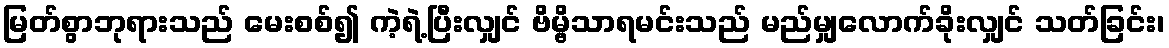
မြတ်စွာဘုရားသည် မေးစစ်၍ ကဲ့ရဲ့ပြီးလျှင် ဗိမ္ဗိသာရမင်းသည် မည်မျှလောက်ခိုးလျှင် သတ်ခြင်း၊